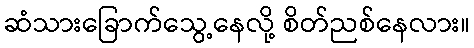
ဆံသားခြောက်သွေ့နေလို့ စိတ်ညစ်နေလား။